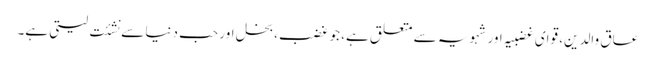
عاق والدین، قوای غضبیہ اور شہویہ سے متعلق ہے، جو غضب، بخل اور حب دنیا سے نشئت لیتی ہے۔